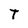
Character: T